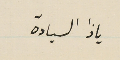
ياذا السيادة